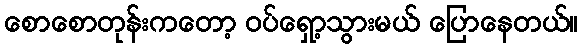
စောစောတုန်းကတော့ ဝပ်ရှော့သွားမယ် ပြောနေတယ်။